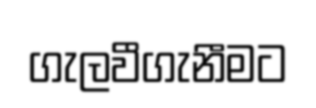
ගැලවීගැනීමට